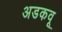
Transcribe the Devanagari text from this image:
अडकवू